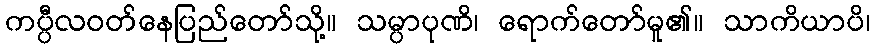
ကပ္ပီလဝတ်နေပြည်တော်သို့။ သမ္ပာပုဏိ၊ ရောက်တော်မူ၏။ သာကိယာပိ၊